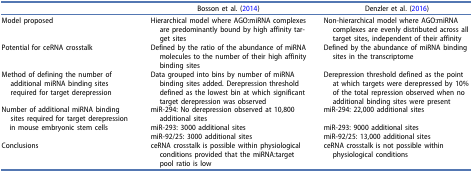
<table><thead><tr><td><b> </b></td><td><b>Bosson et al. (2014)</b></td><td><b>Denzler et al. (2016)</b></td></tr></thead><tbody><tr><td>Model proposed</td><td>Hierarchical model where AGO:miRNA complexes are predominantly bound by high affinity target sites</td><td>Non-hierarchical model where AGO:miRNA complexes are evenly distributed across all target sites, independent of their affinity</td></tr><tr><td>Potential for ceRNA crosstalk</td><td>Defined by the ratio of the abundance of miRNA molecules to the number of their high affinity binding sites</td><td>Defined by the abundance of miRNA binding sites in the transcriptome</td></tr><tr><td>Method of defining the number of additional miRNA binding sites required for target derepression</td><td>Data grouped into bins by number of miRNA binding sites added. Derepression threshold defined as the lowest bin at which significant target derepression was observed</td><td>Derepression threshold defined as the point at which targets were derepressed by 10% of the total repression observed when no additional binding sites were present</td></tr><tr><td>Number of additional miRNA binding sites required for target derepression</td><td>miR-294: No derepression observed at 10,800 additional sites</td><td>miR-294: 22,000 additional sites</td></tr><tr><td> in mouse embryonic stem cells</td><td>miR-293: 3000 additional sites</td><td>miR-293: 9000 additional sites</td></tr><tr><td> </td><td>miR-92/25: 3000 additional sites</td><td>miR-92/25: 13,000 additional sites</td></tr><tr><td>Conclusions</td><td>ceRNA crosstalk is possible within physiological conditions provided that the miRNA:target pool ratio is low</td><td>ceRNA crosstalk is not possible within physiological conditions</td></tr></tbody></table>